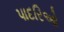
પાદરિઓ